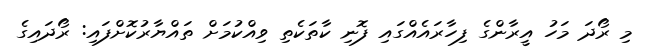
މި ރޯދަ މަހު އީރާންގެ ފިހާރައެއްގައި ފޮނި ކާތަކެތި ވިއްކުމަށް ތައްޔާރުކޮށްފައި: ރޯދައިގެ